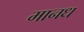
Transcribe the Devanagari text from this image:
मानध